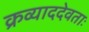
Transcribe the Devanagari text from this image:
क्रव्याददेवताः